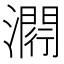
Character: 𤀵